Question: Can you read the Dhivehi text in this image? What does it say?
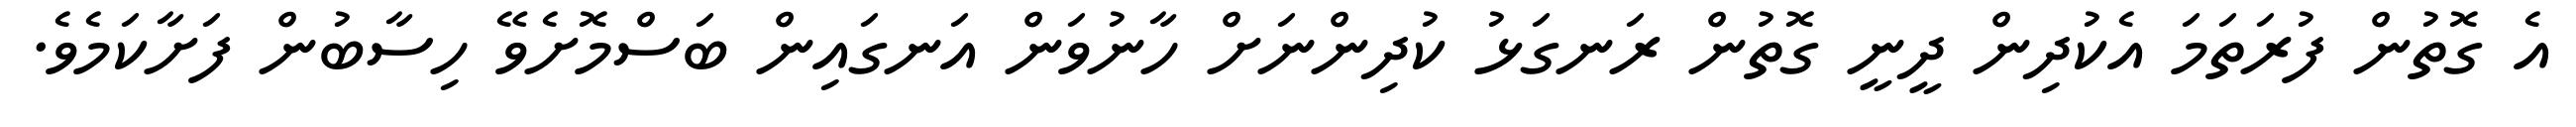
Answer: އެ ގޮތުން ފުރަތަމަ އެކުދިން ދީނީ ގޮތުން ރަނގަޅު ކުދިންނަށް ހާނުވަން އަނގައިން ބަސްމޮށެވޭ ހިސާބުން ފަށާކަމެވެ.